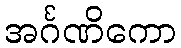
အင်္ဂဏိကော